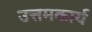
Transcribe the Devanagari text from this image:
उत्तमकार्य